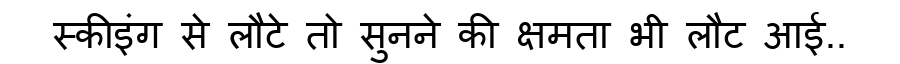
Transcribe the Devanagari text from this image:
स्कीइंग से लौटे तो सुनने की क्षमता भी लौट आई..